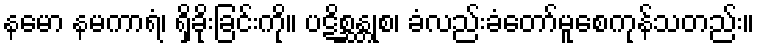
နမော နမကာရံ၊ ရှိခိုးခြင်းကို။ ပဋိစ္ဆန္တုစ၊ ခံလည်းခံတော်မူစေကုန်သတည်း။